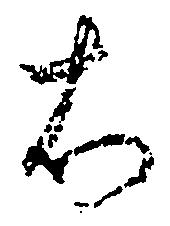
右